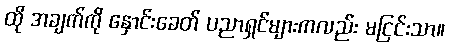
ထို အချက်ကို နှောင်းခေတ် ပညာရှင်များကလည်း မငြင်းသာ။